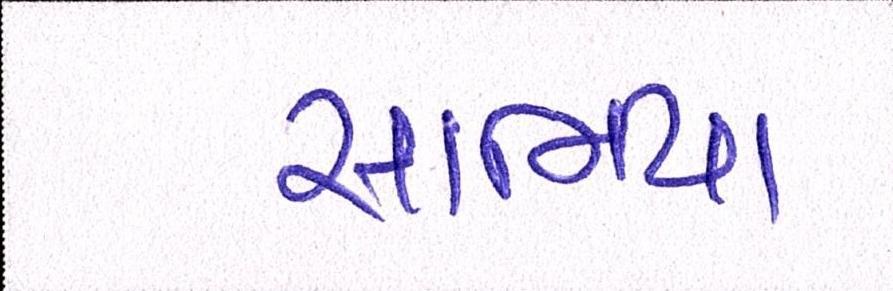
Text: સાનિયા